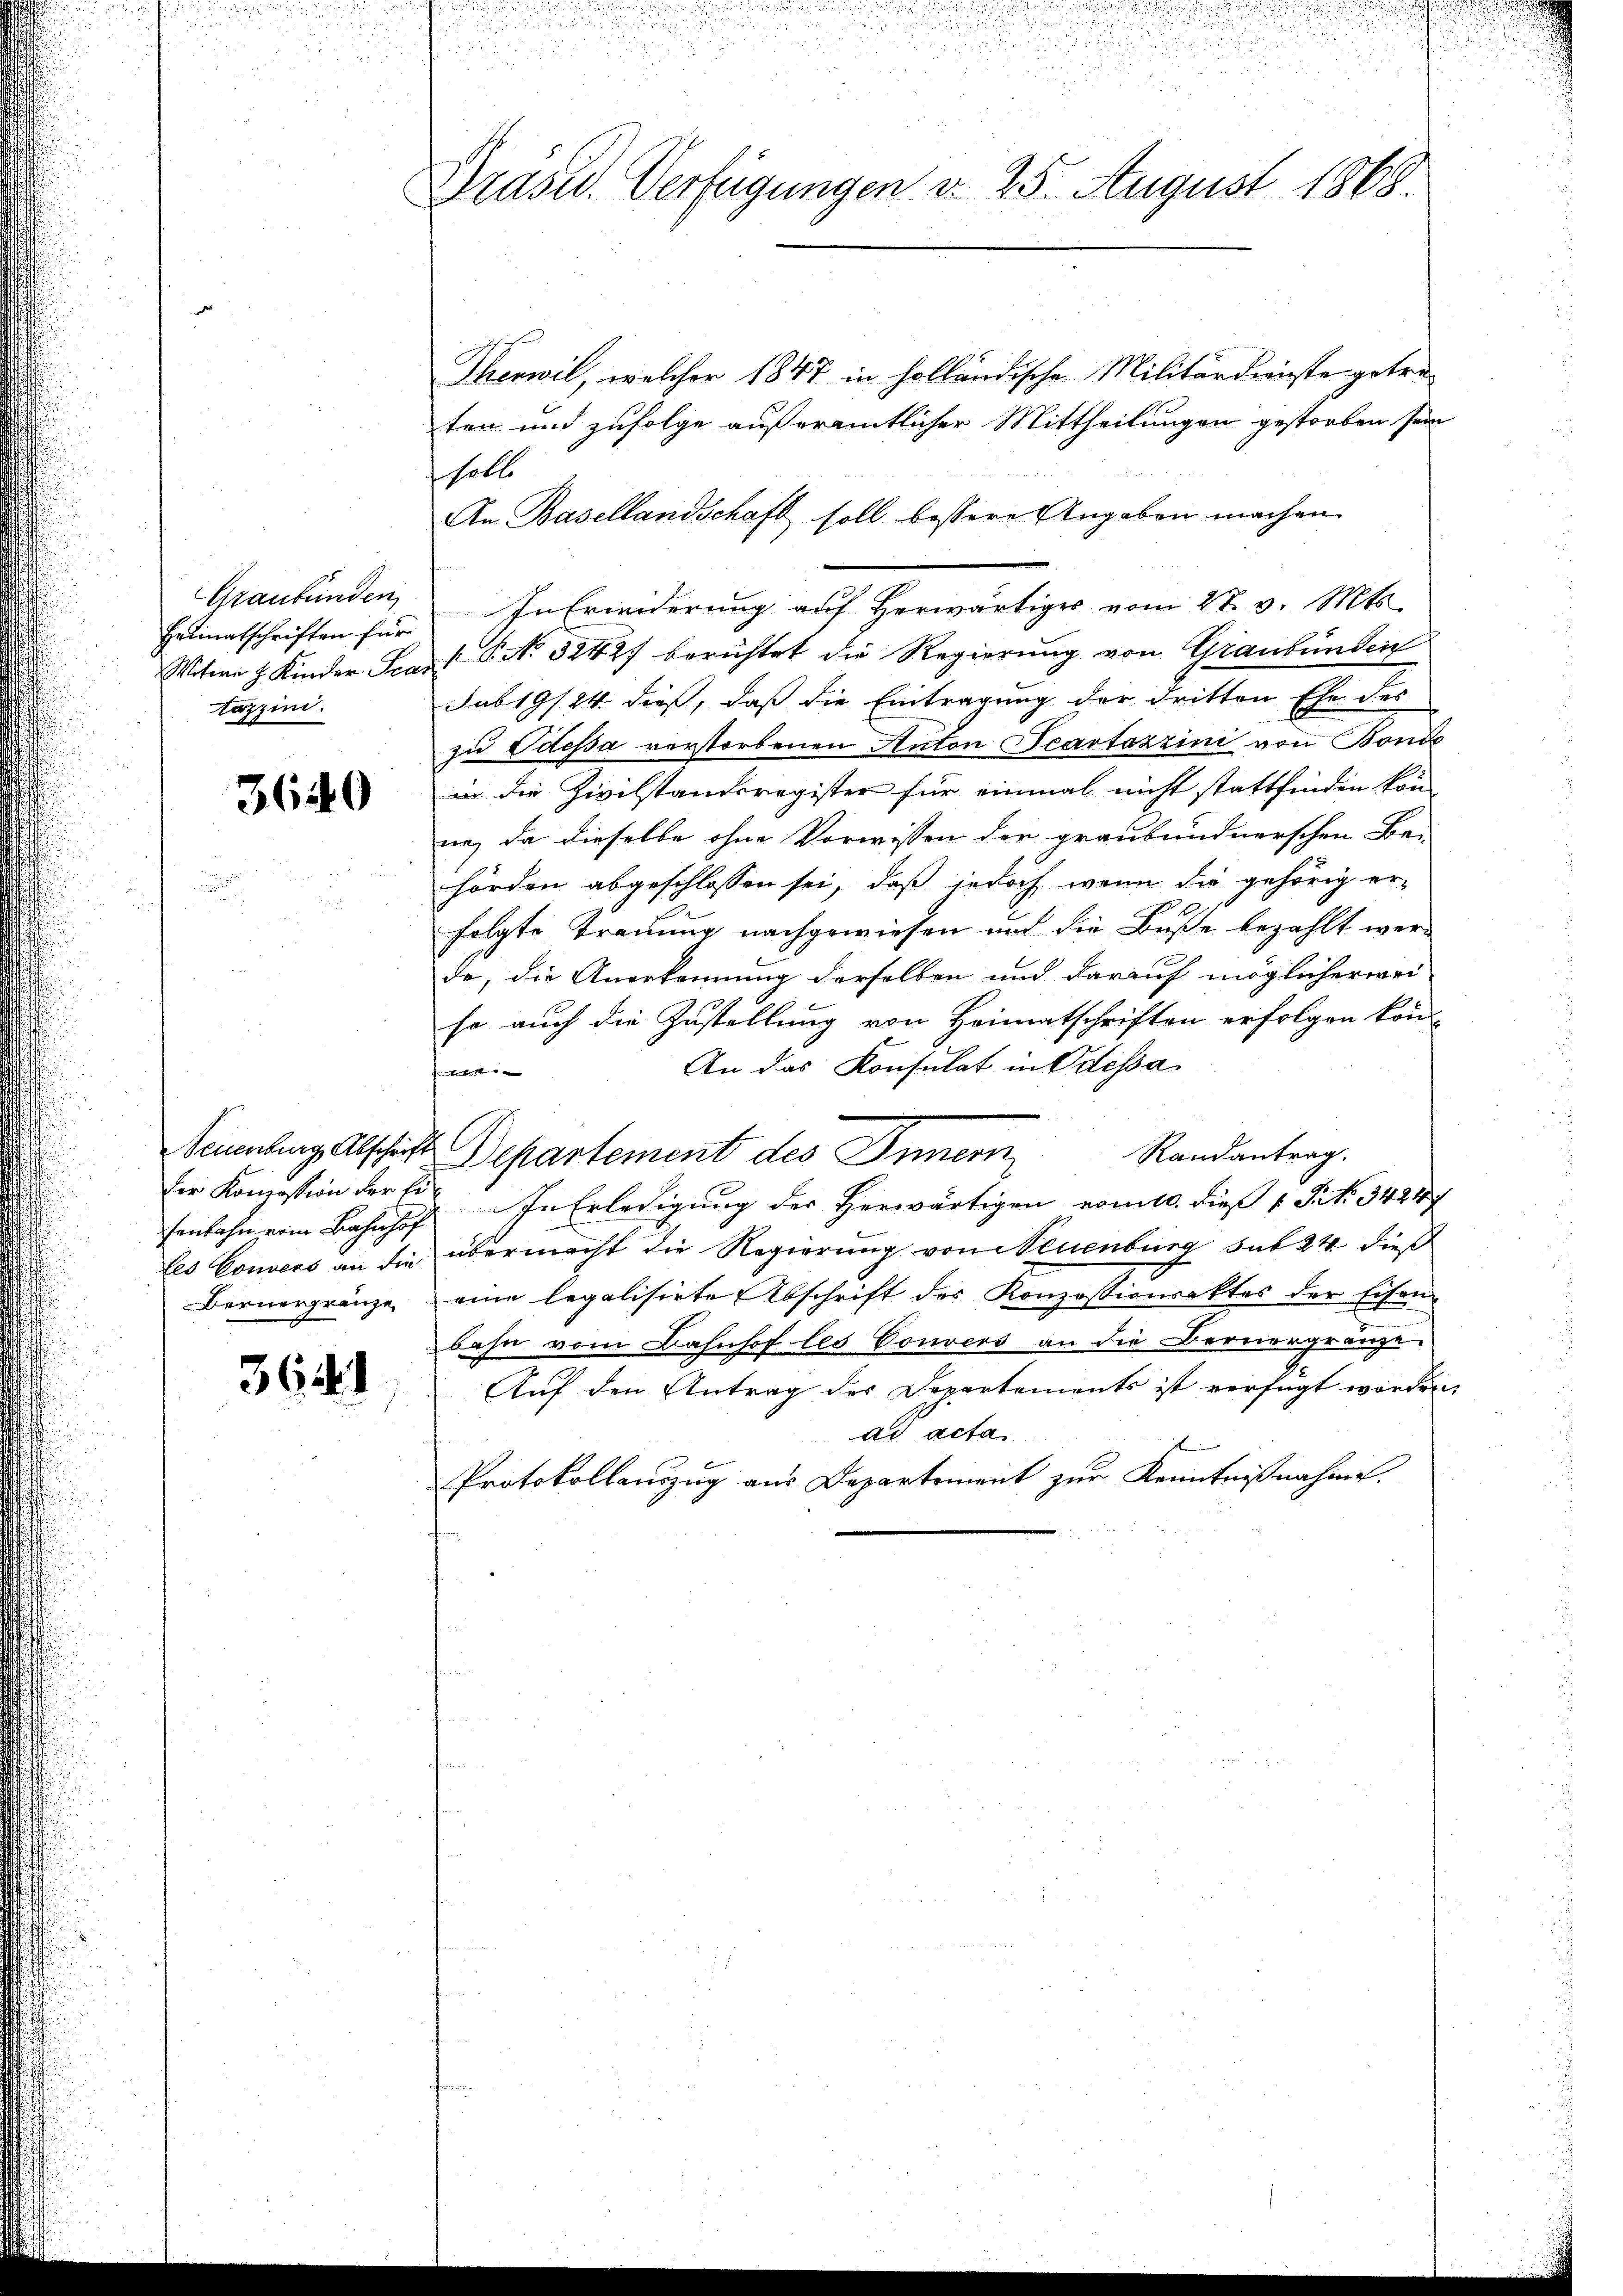
Graubünden
Heimatschriften für
Witwe H. Kinder Sca.
tazzin.

3640

Der Konzession der Ei
les Convens an die
Bernergränze

3641

u
Präsid. Verfügungen d. 25. August 1868.

Thenwil, welcher 1847 in holländische Militärdienste getreten und zufolge außeramtlicher Mittheilungen gestorben sein
sholte
An Basellandschaft soll bessere Angaben machen
In Erwiderung auf Herwärtiges vom 27. v. Mts.
P No 5242) berichtet die Regierung von Graubünden
sub 19/24 dieß, daß die Eintragung der dritten Ehe des
zu Odessa verstorbenen Anton Scartazzini von Bonde
in die Zivilstandsregister für einmal nicht stattfinden kön-
ne, da dieselbe ohne Vorwissen der graubündnerschen Be-
hörden abgeschlossen sei, daß jedoch wenn die gehörig erfolgte Trauung nachgewiesen und die Buße bezahlt wer-
de, die Anerkennung derselben und darauf möglicherwei-
so auch die Zustellung von Heimatschriften erfolgen kön
An das Konsulat in Odessa
bett
e
Neuenburg, Abschritt Departement des Innern
Randantrag.
fenbahn vom Bahnhof In Erledigung der Herwärtigen vom 10. dieß v. J. No. 34247
übermacht die Regierung von Neuenburg sub 24 dieß
eine legalisirte Abschrift der Konzessionsaktes der Eisenbahn vom Bahnhof les Convers an die Bernergränze
Auf den Antrag des Departements ist verfügt worden,
ad acta
Protokollenzug aus Departement zur Kenntnißnahme.